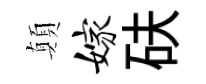
顛嫁砆